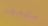
متحضر